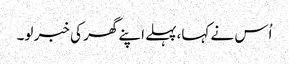
اُس نے کہا،پہلے اپنے گھر کی خبر لو۔